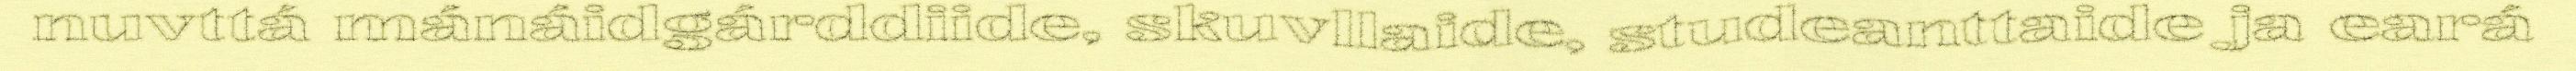
nuvttá mánáidgárddiide, skuvllaide, studeanttaide ja eará